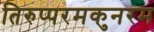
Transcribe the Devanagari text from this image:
तिरुप्परमकुनरम